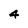
Character: 4